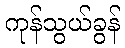
ကုန်သွယ်ခွန်